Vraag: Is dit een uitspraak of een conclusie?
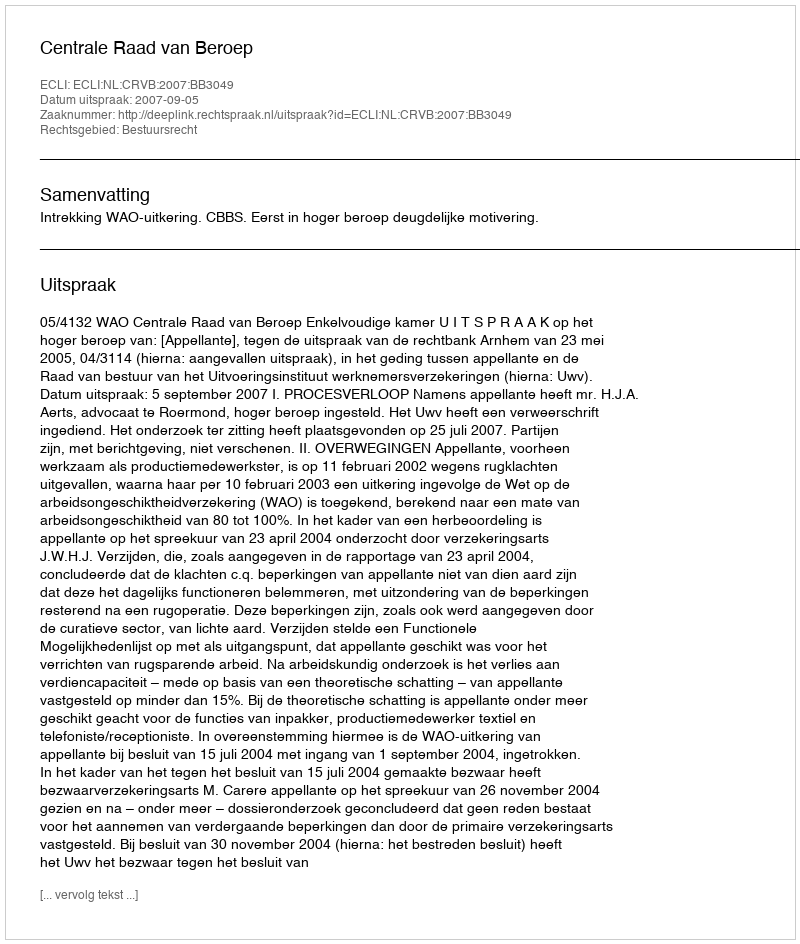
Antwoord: Uitspraak